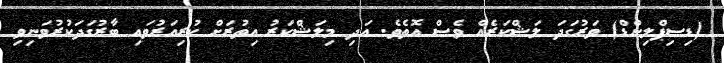
(ޑިސިޕްލިންޑް) ވަރުގަދަ ލަޝްކަރެއް ވެސް އޮތެވެ. އަދި މިލަޝްކަރު އިތުރަށް ކުރިއަރުވައި ބާރުގަދަކުރުވަނިވި